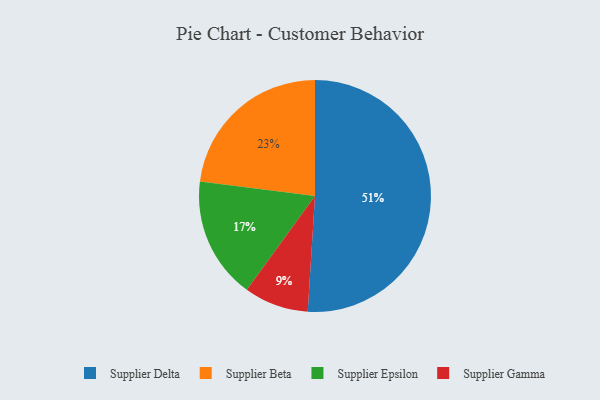
{"axis": {"x": "Category", "y": "Percentage"}, "legend": ["Supplier Beta", "Supplier Delta", "Supplier Epsilon", "Supplier Gamma"], "data": [{"x": "Supplier Gamma", "y": 9, "type": "Supplier Gamma"}, {"x": "Supplier Beta", "y": 23, "type": "Supplier Beta"}, {"x": "Supplier Epsilon", "y": 17, "type": "Supplier Epsilon"}, {"x": "Supplier Delta", "y": 51, "type": "Supplier Delta"}]}